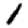
Digit: 1